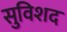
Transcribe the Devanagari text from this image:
सुविशद